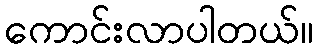
ကောင်းလာပါတယ်။